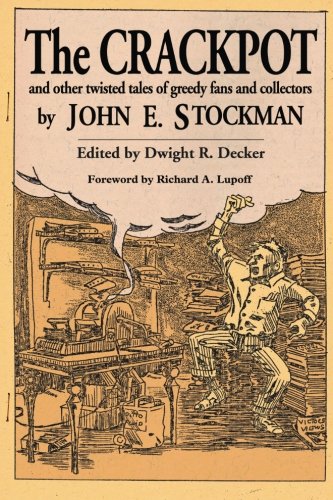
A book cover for The Crackpot and Other Twisted Tales of Greedy Fans and Collectors; John E. Stockman; Literature & Fiction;